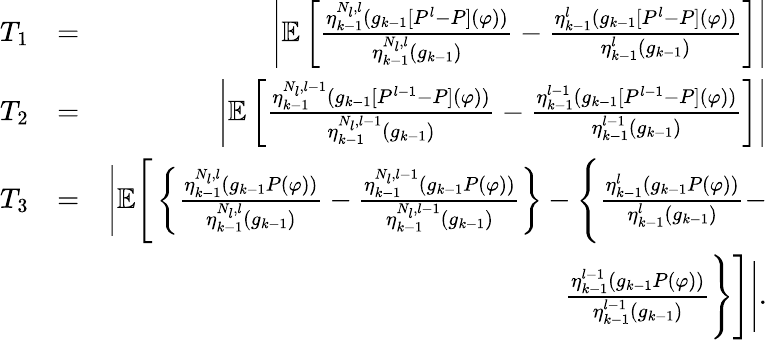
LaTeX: \begin{array}{rlr}{T_{1}}&{=}&{\left|\mathbb{E}\left[\frac{\eta_{k-1}^{N_{l},l}(g_{k-1}[P^{l}-P](\varphi))}{\eta_{k-1}^{N_{l},l}(g_{k-1})}-\frac{\eta_{k-1}^{l}(g_{k-1}[P^{l}-P](\varphi))}{\eta_{k-1}^{l}(g_{k-1})}\right]\right|}\\ {T_{2}}&{=}&{\left|\mathbb{E}\left[\frac{\eta_{k-1}^{N_{l},l-1}(g_{k-1}[P^{l-1}-P](\varphi))}{\eta_{k-1}^{N_{l},l-1}(g_{k-1})}-\frac{\eta_{k-1}^{l-1}(g_{k-1}[P^{l-1}-P](\varphi))}{\eta_{k-1}^{l-1}(g_{k-1})}\right]\right|}\\ {T_{3}}&{=}&{\Bigg|\mathbb{E}\Bigg[\left\{ \frac{\eta_{k-1}^{N_{l},l}(g_{k-1}P(\varphi))}{\eta_{k-1}^{N_{l},l}(g_{k-1})}-\frac{\eta_{k-1}^{N_{l},l-1}(g_{k-1}P(\varphi))}{\eta_{k-1}^{N_{l},l-1}(g_{k-1})}\right\} -\Bigg\{ \frac{\eta_{k-1}^{l}(g_{k-1}P(\varphi))}{\eta_{k-1}^{l}(g_{k-1})}-}\\ &{}&{\frac{\eta_{k-1}^{l-1}(g_{k-1}P(\varphi))}{\eta_{k-1}^{l-1}(g_{k-1})}\Bigg\} \Bigg]\Bigg|.}\end{array}